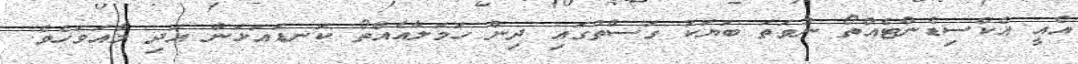
އެއީ އެކްސިޑެންޓެއްތޯ ނުވަތަ ބަޔަކު ގަސްތުގައި ދިން ހަމަލާއެއްތޯ ކަނޑައަޅަން އަދި މާއަވަހެވެ.